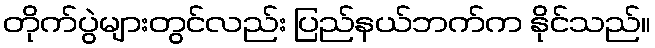
တိုက်ပွဲများတွင်လည်း ပြည်နယ်ဘက်က နိုင်သည်။